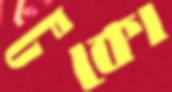
টকো